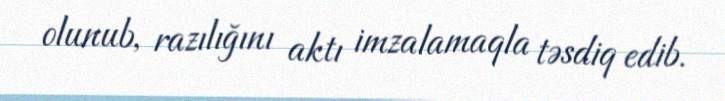
olunub, razılığını aktı imzalamaqla təsdiq edib.